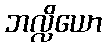
ဘလ္လိယော